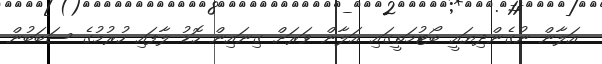
އަލާން ނުގެންދިޔައީ ބޯޓުމަތީގައި އަލާން ވަރަށް ގިނައިން ހޮޑު ލާފައި ހުރުމުގެ ސަބަބުން